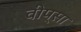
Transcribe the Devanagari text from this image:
वीप्सा